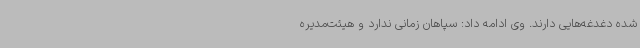
شده دغدغه‌هایی دارند. وی ادامه داد: سپاهان زمانی ندارد و هیئت‌مدیره